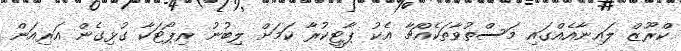
ކްރޫޒް ލައިނާއެއްގައި މަސްތުވާތަކެއްޗާ އެކު ޕާޓީކުރާ ކަމަށް ލިބުނު ރިޕޯޓަކާ ގުޅިގެން އަރިއަން